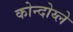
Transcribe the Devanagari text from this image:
कोन्दोय्ले